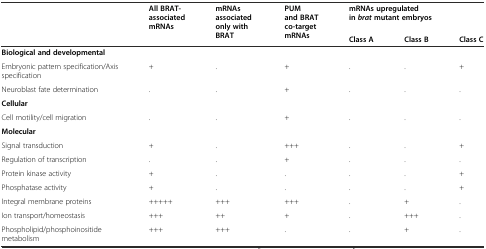
<table><thead><tr><td rowspan="2"></td><td><b>All BRAT-associated mRNAs</b></td><td rowspan="2"><b>mRNAs associated only with BRAT</b></td><td rowspan="2"><b>PUM and BRAT co-target mRNAs</b></td><td colspan="3"><b>mRNAs upregulated in<i>brat</i>mutant embryos</b></td></tr><tr><td></td><td><b>Class A</b></td><td><b>Class B</b></td><td><b>Class C</b></td></tr></thead><tbody><tr><td colspan="7"><b>Biological and developmental</b></td></tr><tr><td>Embryonic pattern specification/Axis specification</td><td>+</td><td>.</td><td>+</td><td>.</td><td>.</td><td>+</td></tr><tr><td>Neuroblast fate determination</td><td>.</td><td>.</td><td>+</td><td>.</td><td>.</td><td>.</td></tr><tr><td colspan="7"><b>Cellular</b></td></tr><tr><td>Cell motility/cell migration</td><td>.</td><td>.</td><td>+</td><td>.</td><td>.</td><td>.</td></tr><tr><td colspan="7"><b>Molecular</b></td></tr><tr><td>Signal transduction</td><td>+</td><td>.</td><td>+++</td><td>.</td><td>.</td><td>+</td></tr><tr><td>Regulation of transcription</td><td>.</td><td>.</td><td>+</td><td>.</td><td>.</td><td>.</td></tr><tr><td>Protein kinase activity</td><td>+</td><td>.</td><td>.</td><td>.</td><td>.</td><td>+</td></tr><tr><td>Phosphatase activity</td><td>+</td><td>.</td><td>.</td><td>.</td><td>.</td><td>+</td></tr><tr><td>Integral membrane proteins</td><td>+++++</td><td>+++</td><td>+++</td><td>.</td><td>+</td><td>.</td></tr><tr><td>Ion transport/homeostasis</td><td>+++</td><td>++</td><td>+</td><td>.</td><td>+++</td><td>.</td></tr><tr><td>Phospholipid/phosphoinositide metabolism</td><td>+++</td><td>+++</td><td>.</td><td>.</td><td>+</td><td>.</td></tr></tbody></table>